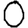
Digit: 0